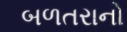
બળતરાનો